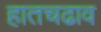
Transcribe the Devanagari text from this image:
हातचढाव